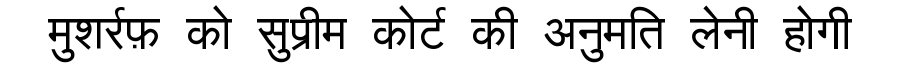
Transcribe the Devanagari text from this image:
मुशर्रफ़ को सुप्रीम कोर्ट की अनुमति लेनी होगी